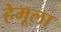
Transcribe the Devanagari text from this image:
हेमूला